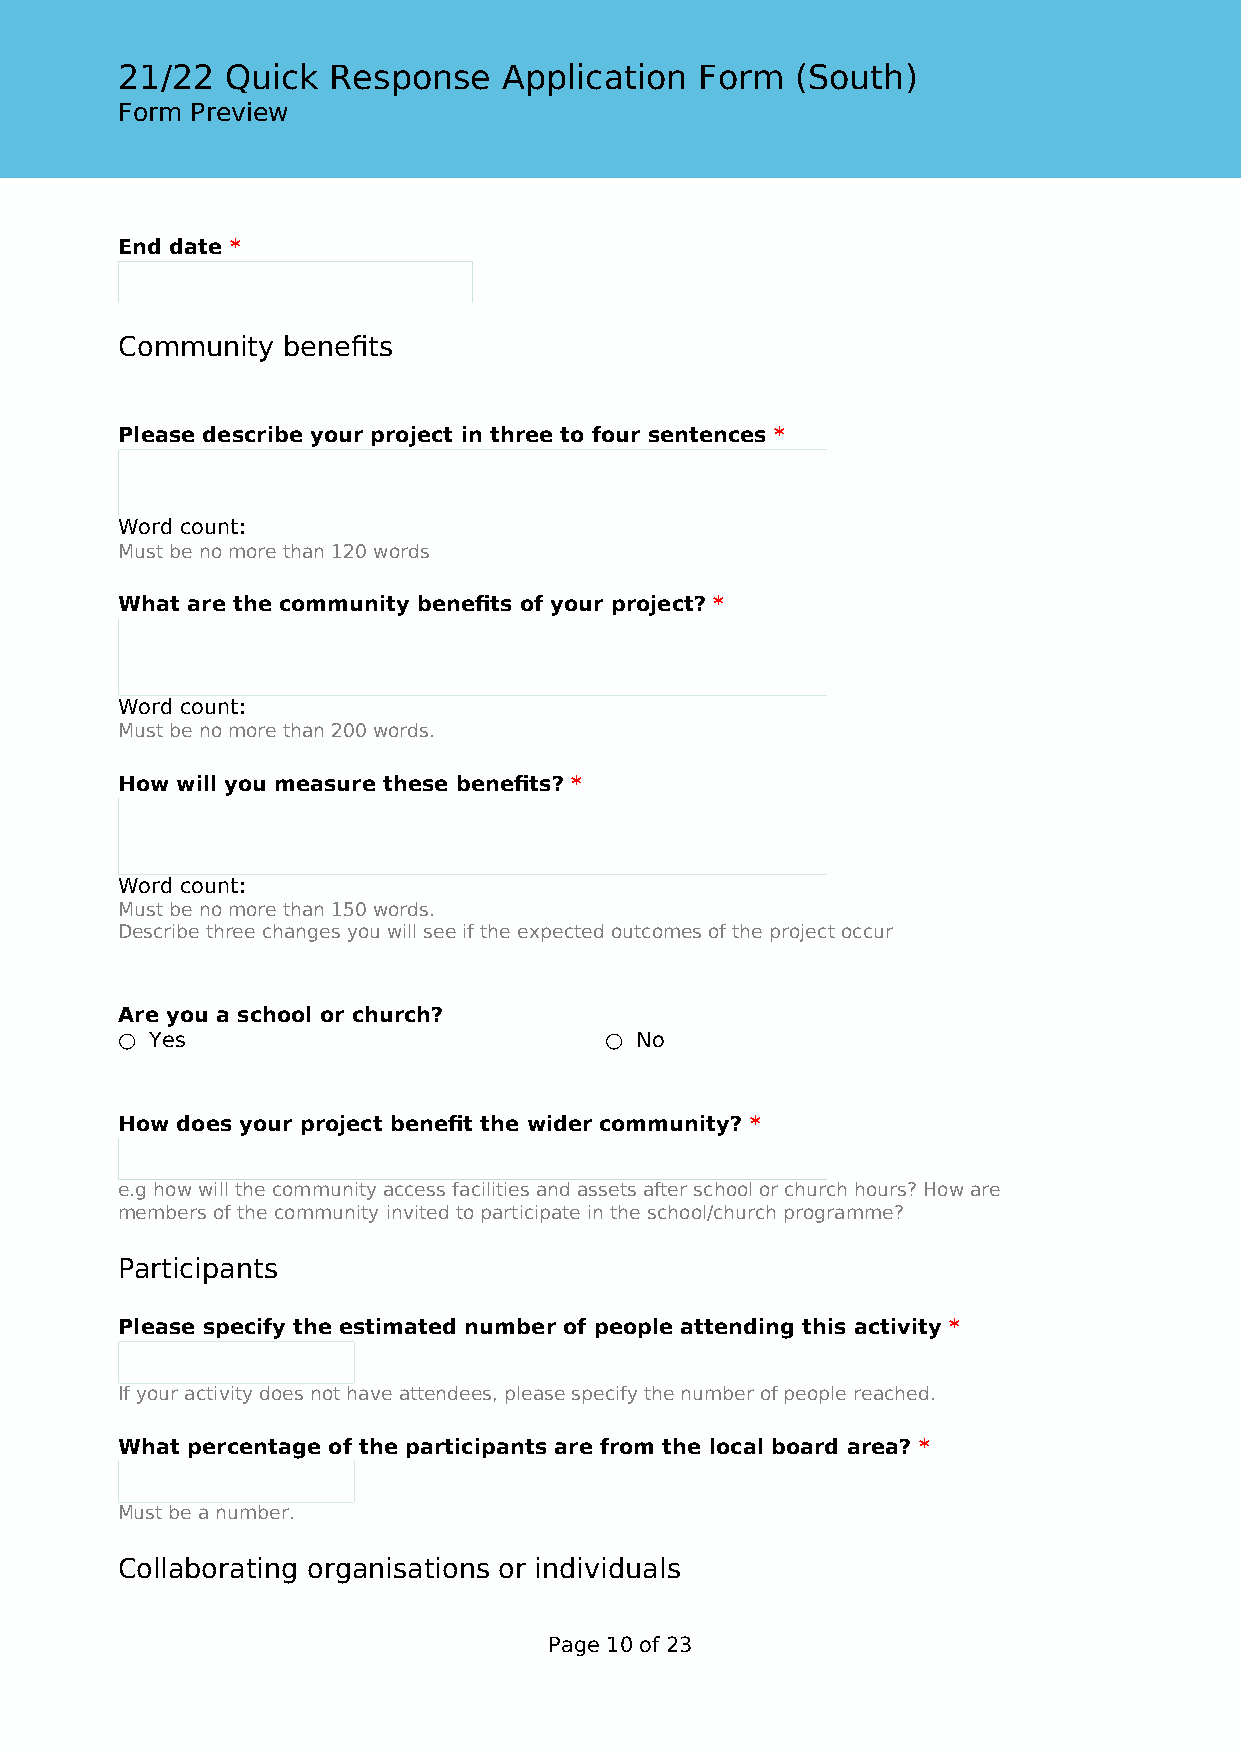
21/22  Quick  Response   Application  Form   (South)
 Form Preview
 End date *
 Community  benefits
 Please describe your project in three to four sentences *
 Word count:
 Must be no more than 120 words
 What are the community benefits of your project? *
 Word count:
 Must be no more than 200 words.
 How will you measure these benefits? *
 Word count:
 Must be no more than 150 words.
 Describe three changes you will see if the expected outcomes of the project occur
 Are you a school or church?
 ○ Yes                           ○ No
 How does your project benefit the wider community? *
 e.g how will the community access facilities and assets after school or church hours? How are
 members of the community invited to participate in the school/church programme?
 Participants
 Please specify the estimated number of people attending this activity *
 If your activity does not have attendees, please specify the number of people reached.
 What percentage of the participants are from the local board area? *
 Must be a number.
 Collaborating organisations or individuals
 Page 10 of 23